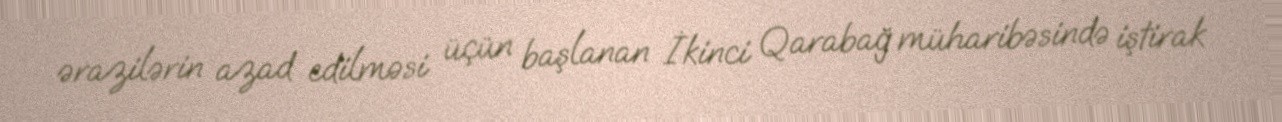
ərazilərin azad edilməsi üçün başlanan İkinci Qarabağ müharibəsində iştirak